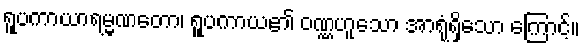
ရူပကာယာရမ္မဏတော၊ ရူပကာယ၏ ဝဏ္ဏဟူသော အာရုံရှိသော ကြောင့်။